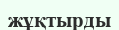
жұқтырды